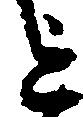
を